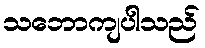
သဘောကျပါသည်